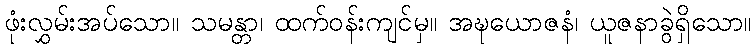
ဖုံးလွှမ်းအပ်သော။ သမန္တာ၊ ထက်ဝန်းကျင်မှ။ အဍ္ဎယောဇနံ၊ ယူဇနာခွဲရှိသော။